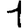
Digit: 1